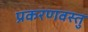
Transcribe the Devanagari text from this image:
प्रकरणवस्तु